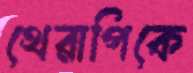
থেরাপিকে